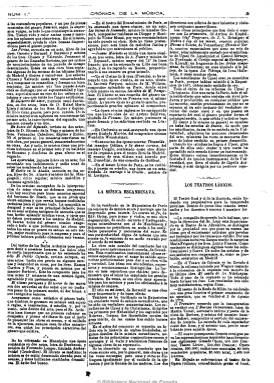
Título: Crónica de la música
Colección: Música
Ámbito geográfico: Madrid
Lugar de publicación: Madrid
Fechas: 26/09/1878-27/12/1882

Con el subtítulo de “revista semanal y biblioteca musical”, aparecía los jueves y es fundada por el musicógrafo Andrés Vidal y Llimona (1844-), que aparece como propietario y director desde el 15 de enero de 1880, y como redactor-jefe, Enrique Sepúlveda y Planter (-1903), y administrador, F. Pérez Benavides. Al principio tenía cuatro páginas, que más tarde amplía a ocho, incluyendo otras ocho centrales dedicadas exclusivamente a partituras musicales.

Publica crónicas de teatro y de conciertos de ópera y zarzuela, artículos sobre instrumentos, técnicas e historia de la música, reseñas de composiciones nuevas, biografías y grabados de compositores, noticias bibliográficas y de actualidad musical tanto madrileña como de las provincias españolas y capitales extranjeras, necrológicas, misceláneas y, al final, anuncios publicitarios. Difundió también una serie por entregas de una Biblioteca musical.

Entre sus redactores y colaboradores estuvieron miembros de las reales academias de Bellas Artes y de la Lengua, músicos y directores de escena y musicólogos de la época y periodistas, como Antonio Arnao (1828-1889), José Castro y Serrano (1829-1896), José Fuentes, Rafael Hernando, José Inzenga (1828-1891), Ildefonso Jimeno, Federico Lafuente, Joaquín Marsillach (-1883), Eduardo Medina, Antonio Peña y Goñi (1846-1896), Antonio Romero y Andía (1815-1886) y, desde 1881, Gabriel Rodríguez.

En total editó 223 números, y desde 1882 apareció como suplemento semanal de La Correspondencia de España (1859-1925).